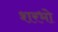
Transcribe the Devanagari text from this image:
शरभो